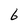
Character: 6